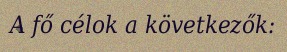
A fő célok a következők: